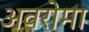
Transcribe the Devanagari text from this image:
अवरोमा